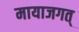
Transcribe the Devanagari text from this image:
मायाजगत्